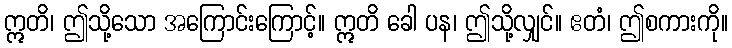
ဣတိ၊ ဤသို့သော အကြောင်းကြောင့်။ ဣတိ ခေါ ပန၊ ဤသို့လျှင်။ ဧတံ၊ ဤစကားကို။